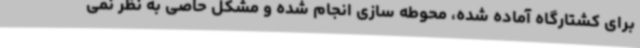
برای کشتارگاه آماده شده، محوطه سازی انجام شده و مشکل حاصی به نظر نمی